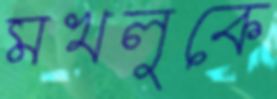
মখলুকে